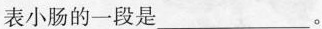
表小肠的一段是___。